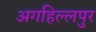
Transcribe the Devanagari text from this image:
अगहिल्लपुर